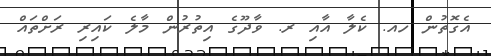
އެގޮތުން ހއ. ކެލާ އާއި ރ. ވާދޫގެ އިތުރުން މާލެ ކައިރި ރަށްތައް